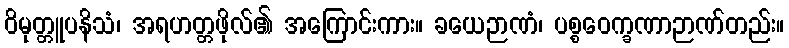
ဝိမုတ္တူပနိသံ၊ အရဟတ္တဖိုလ်၏ အကြောင်းကား။ ခယေဉာဏံ၊ ပစ္စဝေက္ခဏာဉာဏ်တည်း။